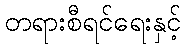
တရားစီရင်ရေးနှင့်